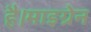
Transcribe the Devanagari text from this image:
है।माइग्रेन